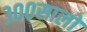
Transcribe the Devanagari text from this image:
३००सालों